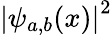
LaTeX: {\left|\psi_{a,b}(x)\right|}^{2}